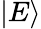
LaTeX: |E\rangle